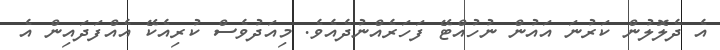
އެ ދެލޮލުން ކަރުނަ އައުން ނުހުއްޓޭ ފަހަރެއްނުދެއެވެ. މިއަދުވެސް ކުރިއެކޭ އެއްފަދައިން އެ